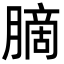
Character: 䐱